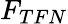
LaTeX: F_{TFN}